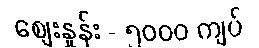
စျေးနှုန်း - ၅၀၀၀ ကျပ်